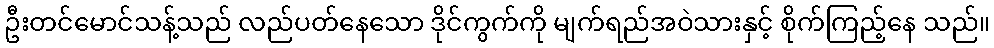
ဦးတင်မောင်သန့်သည် လည်ပတ်နေသော ဒိုင်ကွက်ကို မျက်ရည်အဝဲသားနှင့် စိုက်ကြည့်နေ သည်။